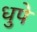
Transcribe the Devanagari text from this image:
धुपे